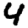
Digit: 4